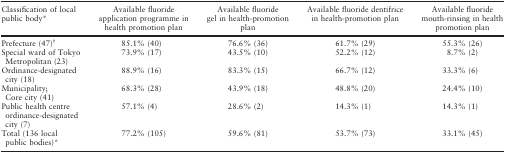
| Classification of local public body* | Available fluoride application programme in health promotion plan | Available fluoride gel in health-promotion plan | Available fluoride dentifrice in health-promotion plan | Available fluoride mouth-rinsing in health promotion plan |
 | --- | --- | --- | --- | --- |
 | Prefecture (47)† | 85.1% (40) | 76.6% (36) | 61.7% (29) | 55.3% (26) |
 | Special ward of Tokyo Metropolitan (23) | 73.9% (17) | 43.5% (10) | 52.2% (12) | 8.7% (2) |
 | Ordinance-designated city (18) | 88.9% (16) | 83.3% (15) | 66.7% (12) | 33.3% (6) |
 | Municipality; Core city (41) | 68.3% (28) | 43.9% (18) | 48.8% (20) | 24.4% (10) |
 | Public health centre ordinance-designated city (7) | 57.1% (4) | 28.6% (2) | 14.3% (1) | 14.3% (1) |
 | Total (136 local public bodies)* | 77.2% (105) | 59.6% (81) | 53.7% (73) | 33.1% (45) |